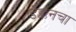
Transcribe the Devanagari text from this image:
डेक्कनचा